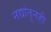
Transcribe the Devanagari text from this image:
नद्यांतूनही